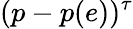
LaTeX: (p-p(e))^{\tau}